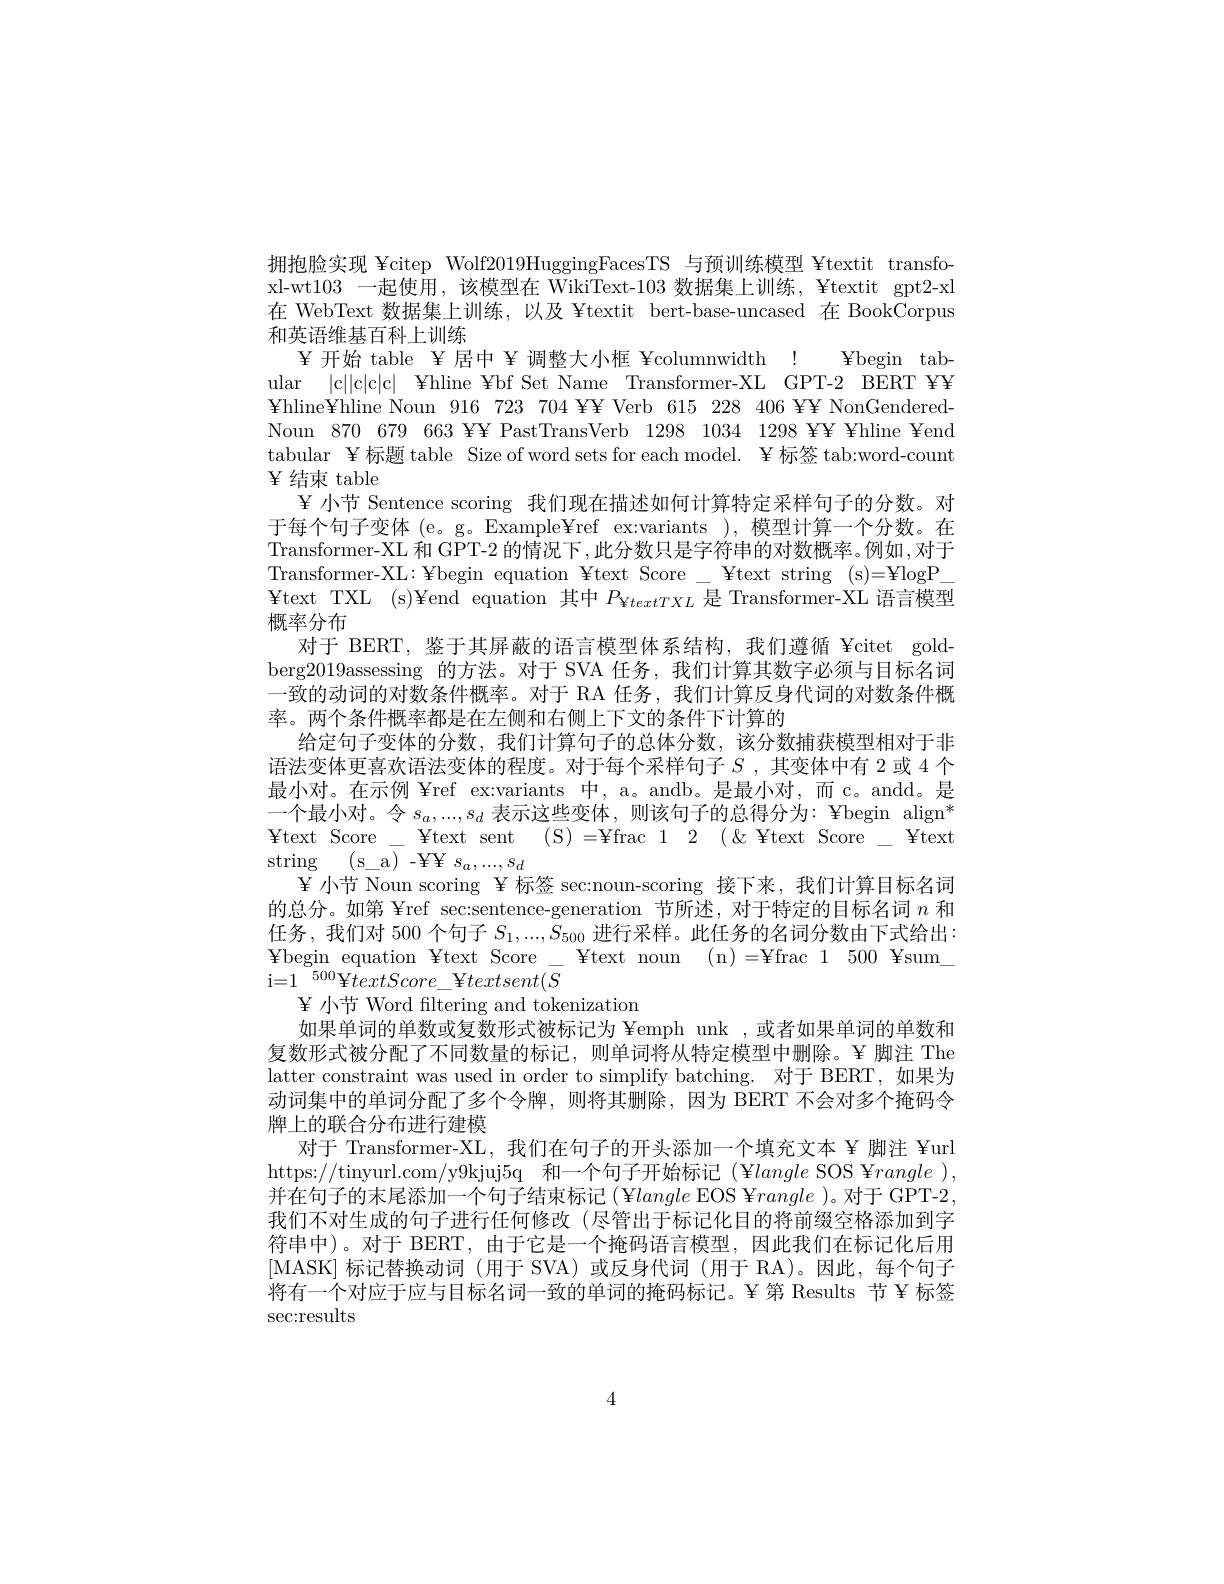
拥抱脸实现 ¥citep Wolf2019HuggingFacesTS 与预训练模型 ¥textit transfoxl-wt103 一起使用，该模型在 WikiText-103 数据集上训练，¥textit gpt2-xl 在 WebText 数据集上训练，以及 ¥textit bert-base-uncased 在 BookCorpus 和英语维基百科上训练
tabular ¥标题 table Size of word sets for each model. ¥ 标签 tab:word-count $\Psi$结束 table
¥ 小节 Sentence scoring 我们现在描述如何计算特定采样句子的分数。对于每个句子变体 (e。g。Example¥ref ex:variants ), 模型计算一个分数。在Transformer-XL 和 GPT-2 的情况下，此分数只是字符串的对数概率。例如 ,对于Transformer-XL: ¥begin equation ¥text Score _ ¥text string (s)=¥logP_ Ytext TXL (s)¥end equation 其中$P_{\mathrm{Y}textTXL}$是 Transformer-XL 语言模型概率分布
对于 BERT, 鉴于其屏蔽的语言模型体系结构，我们遵循 ¥citet goldberg2019assessing 的方法。对于 SVA 任务，我们计算其数字必须与目标名词一致的动词的对数条件概率。对于 RA 任务，我们计算反身代词的对数条件概率。两个条件概率都是在左侧和右侧上下文的条件下计算的
给定句子变体的分数，我们计算句子的总体分数，该分数捕获模型相对于非语法变体更喜欢语法变体的程度。对于每个采样句子$S$ ,其变体中有 2 或 4 个最小对。在示例 ¥ref ex:variants 中，a。andb。是最小对，而 c。andd。是一个最小对。令$s_a,...,s_d$表示这些变体，则该句子的总得分为：¥begin align* Ytext Score - ¥text sent (S) =¥frac 1 2 $( \&$ ¥text Score\_ ¥text string (s\_a)-YY$s_a,...,s_d$
¥ 小节 Noun scoring ¥ 标签 sec:noun-scoring 接下来，我们计算目标名词的总分。如第 ¥ref sec:sentence-generation 节所述，对于特定的目标名词$n$和任务，我们对 500 个句子$S_1,...,S_{500}$进行采样。此任务的名词分数由下式给出： Ybegin equation Ytext Score - Ytext noun ( n) = ¥ frac 1 500 Ysum$\_$ $\mathrm{i=1}^{-500}\bar{\mathrm{¥}textScore}_{-}$¥$textsent(S$
${\mathrm{~}}{\mathrm{~}}{\mathrm{~}}{\mathrm{~}}{\mathrm{~}}{\mathrm{~}}{\mathrm{~}}{\mathrm{~}}{\mathrm{~}}{\mathrm{~}}{\mathrm{~}}{\mathrm{~}}{\mathrm{~}}{\mathrm{~}}{\mathrm{~}}{\mathrm{~}}{\mathrm{~}}{\mathrm{~}}{\mathrm{~}}{\mathrm{~}}$
如果单词的单数或复数形式被标记为 ¥emph unk ,或者如果单词的单数和复数形式被分配了不同数量的标记，则单词将从特定模型中删除。¥ 脚注 The latter constraint was used in order to simplify batching. 对于 BERT,如果为动词集中的单词分配了多个令牌，则将其删除，因为 BERT 不会对多个掩码令牌上的联合分布进行建模
对于 Transformer-XL, 我们在句子的开头添加一个填充文本 ¥ 脚注 ¥url https://tinyurl.com/y9kjuj5q 和一个句子开始标记(¥langle SOS ¥rangle ), 并在句子的末尾添加一个句子结束标记(¥langle EOS ¥rangle )。对于 GPT-2, 我们不对生成的句子进行任何修改(尽管出于标记化目的将前缀空格添加到字符串中)。对于 BERT, 由于它是一个掩码语言模型，因此我们在标记化后用[MASK]标记替换动词(用于 SVA)或反身代词(用于 RA)。因此，每个句子将有一个对应于应与目标名词一致的单词的掩码标记。¥ 第 Results 节 ¥ 标签sec:results

4